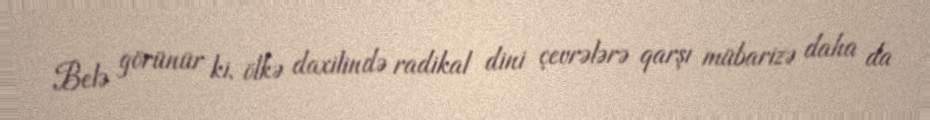
Belə görünür ki, ölkə daxilində radikal dini çevrələrə qarşı mübarizə daha da